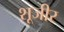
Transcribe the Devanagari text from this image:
शूजीर